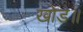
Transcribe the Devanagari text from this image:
खोड॥